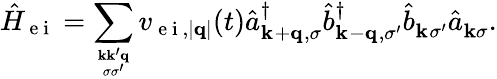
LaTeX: \hat{H}_{\mathrm{~e~i~}}=\sum_{\textbf{k}\textbf{k}^{\prime}\textbf{q}\atop\sigma\sigma^{\prime}}v_{\mathrm{~e~i~},|\textbf{q}|}(t)\hat{a}_{\textbf{k}^{}+\textbf{q}^{},\sigma}^{\dagger}\hat{b}_{\textbf{k}^{}-\textbf{q}^{},\sigma^{\prime}}^{\dagger}\hat{b}_{\textbf{k}^{}\sigma^{\prime}}^{}\hat{a}_{\textbf{k}\sigma}^{}.